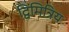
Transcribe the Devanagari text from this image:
द्विमित्रिय